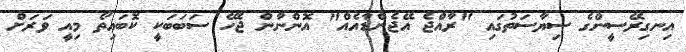
އިނގިރޭސީންގެ ސިޔާސަތުގައި "ރާއްޖެ އޭޖެންޑާއެއް" އޮންނާން ޖެހޭ ސަބަބަކީ ކޮބައިތޯ މިއީ ވަރަށް